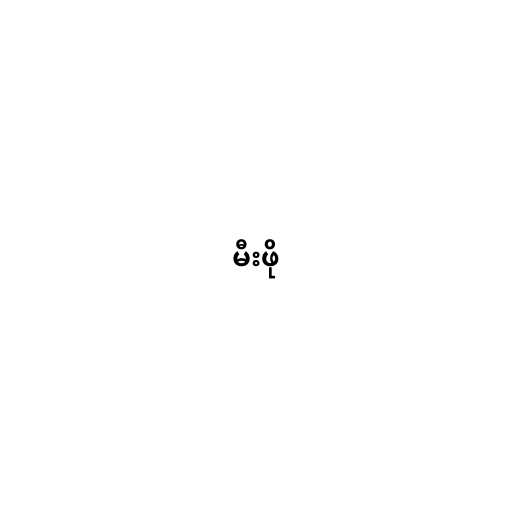
မီးဖို